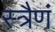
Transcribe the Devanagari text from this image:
स्त्रैणं